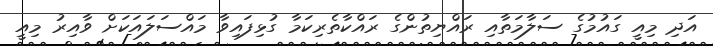
އަދި މިއީ ގައުމުގެ ސަލާމަތާއި ރައްޔިތުންގެ ރައްކާތެރިކަމާ ގުޅިފައިވާ މައްސަލައަކަށް ވާއިރު މިއީ